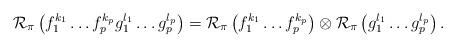
LaTeX: \begin{align*}\mathcal{R}_\pi\left(f_1^{k_1}\dots f_p^{k_p} g_1^{l_1}\dots g_p^{l_p}\right)=\mathcal{R}_\pi\left(f_1^{k_1}\dots f_p^{k_p}\right)\otimes \mathcal{R}_\pi\left(g_1^{l_1}\dots g_p^{l_p}\right).\end{align*}